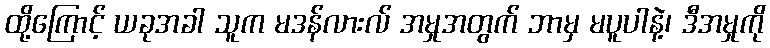
ထို့ကြောင့် ယခုအခါ သူက မဒန်လားလ် အမှုအတွက် ဘာမှ မပူပါနဲ့၊ ဒီအမှုကို